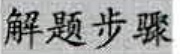
解题步骤